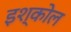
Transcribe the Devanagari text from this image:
इश्कोल